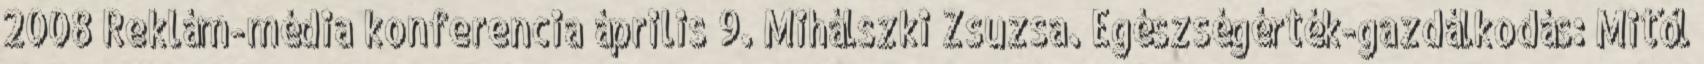
2008 Reklám-média konferencia április 9. Mihálszki Zsuzsa. Egészségérték-gazdálkodás: Mitől